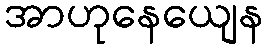
အာဟုနေယျေန